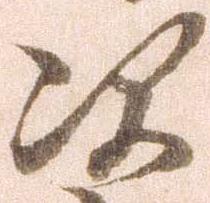
次